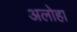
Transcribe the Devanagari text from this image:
अलोहा